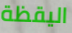
اليقظة